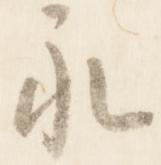
永